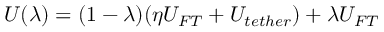
U ( \lambda ) = ( 1 - \lambda ) ( \eta U _ { F T } + U _ { t e t h e r } ) + \lambda U _ { F T }